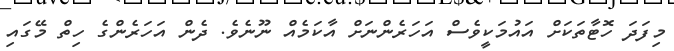
މިފަދަ ހޮޓާތަކަށް އައުމަކީވެސް އަހަރެންނަށް އާކަމެއް ނޫނެވެ. ދެން އަހަރެންގެ ހިތް މޭގައި